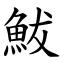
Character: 鮁